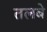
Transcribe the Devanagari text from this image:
तलबे